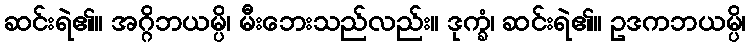
ဆင်းရဲ၏။ အဂ္ဂိဘယမ္ပိ၊ မီးဘေးသည်လည်း။ ဒုက္ခံ၊ ဆင်းရဲ၏။ ဥဒကဘယမ္ပိ၊